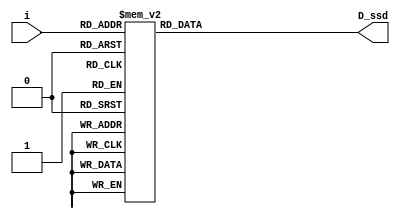
`timescale 1ns / 1ps
//////////////////////////////////////////////////////////////////////////////////
// Company: 
// Engineer: 
// 
// Design Name: 
// Module Name: BCD_to_7_segment
// Project Name: 
// Target Devices: 
// Tool Versions: 
// Description: 
// 
// Dependencies: 
// 
// Revision:
// Revision 0.01 - File Created
// Additional Comments:
// 
//////////////////////////////////////////////////////////////////////////////////
`define SS_0 8'b0000_0011
`define SS_1 8'b1001_1111
`define SS_2 8'b0010_0101
`define SS_3 8'b0000_1101
`define SS_4 8'b1001_1001
`define SS_5 8'b0100_1001
`define SS_6 8'b0100_0001
`define SS_7 8'b0001_1011
`define SS_8 8'b0000_0001
`define SS_9 8'b0000_1001
`define SS_F 8'b0111_0001

module BCD_to_7_segment(i, D_ssd);
    input [3:0] i;  //input
    output [7:0] D_ssd;  //decoder of ssd
    //output [3:0] d;  //controller of LED
    //output [3:0] ctrl;  //controller 
    reg [7:0] D_ssd;
    //reg [3:0] d;
    //reg [3:0] ctrl;
    always @* begin
        case(i)
            4'b0000: D_ssd = `SS_0;
            4'b0001: D_ssd = `SS_1;
            4'b0010: D_ssd = `SS_2;
            4'b0011: D_ssd = `SS_3;
            4'b0100: D_ssd = `SS_4;
            4'b0101: D_ssd = `SS_5;
            4'b0110: D_ssd = `SS_6;
            4'b0111: D_ssd = `SS_7;
            4'b1000: D_ssd = `SS_8;
            4'b1001: D_ssd = `SS_9;
            default: D_ssd = `SS_F;
        endcase
    //d = i;
    //ctrl = 4'b0000;
    end
    
endmodule